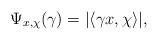
LaTeX: \begin{align*}\Psi_{x, \chi}(\gamma)=|\langle\gamma x, \chi\rangle|,\end{align*}